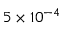
5 \times 1 0 ^ { - 4 }